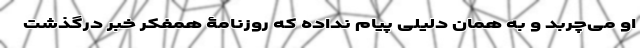
او می‌چربد و به همان دلیلی پیام نداده که روزنامۀ همفکر خبر درگذشت